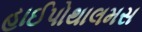
હાઈપોથાલમસ